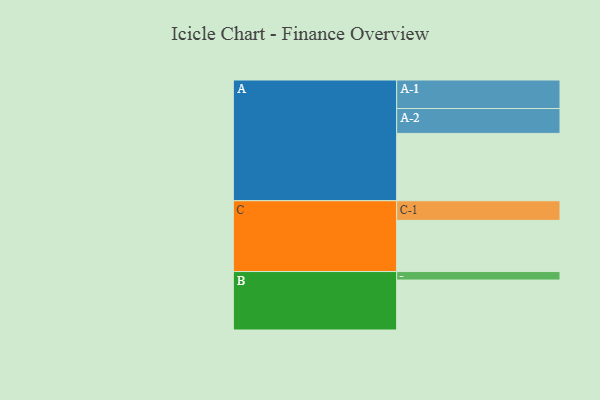
{"axis": {"x": "Segment", "y": "Value"}, "legend": ["", "A", "B", "C"], "data": [{"x": "A", "y": 491, "type": ""}, {"x": "B", "y": 364, "type": ""}, {"x": "C", "y": 373, "type": ""}, {"x": "A-1", "y": 208, "type": "A"}, {"x": "A-2", "y": 181, "type": "A"}, {"x": "B-1", "y": 62, "type": "B"}, {"x": "C-1", "y": 143, "type": "C"}]}